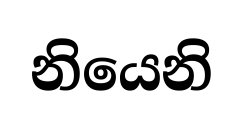
නියෙනි